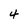
Character: 4